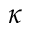
\boldsymbol { \kappa }